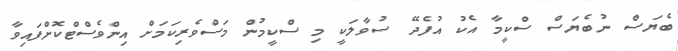
ބެޔަސް ނުބެޔަސް ސްކީމާ އެކު އުފެދޭ ސުވާލަކީ މި ސްކީމުން މަސްވެރިކަމަށް އިންވެސްޓްކޮށްފައިވާ